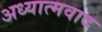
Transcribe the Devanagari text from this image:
अध्‍यात्‍मवाद